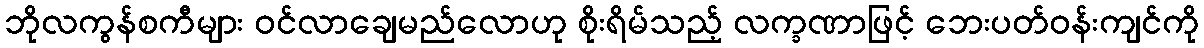
ဘိုလကွန်စကီများ ဝင်လာချေမည်လောဟု စိုးရိမ်သည့် လက္ခဏာဖြင့် ဘေးပတ်ဝန်းကျင်ကို